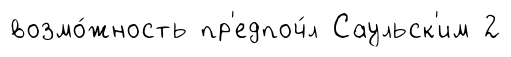
возмо́жность пр'едпоч́л Саульск'им 2